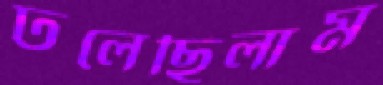
ঢলেছিলাম